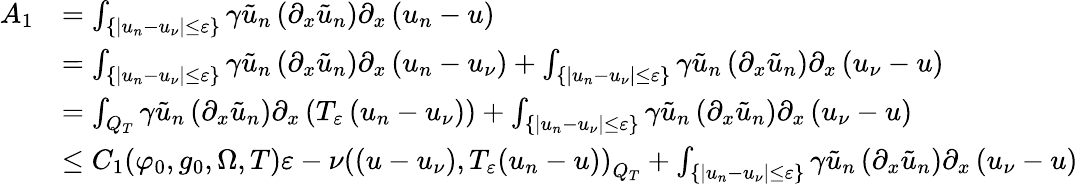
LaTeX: \begin{array}{rl}{A_{1}}&{=\int_{\{ |u_{n}-u_{\nu}|\leq\varepsilon\} }\gamma\tilde{u}_{n}\left(\partial_{x}\tilde{u}_{n}\right)\partial_{x}\left(u_{n}-u\right)}\\ &{=\int_{\{ |u_{n}-u_{\nu}|\leq\varepsilon\} }\gamma\tilde{u}_{n}\left(\partial_{x}\tilde{u}_{n}\right)\partial_{x}\left(u_{n}-u_{\nu}\right)+\int_{\{ |u_{n}-u_{\nu}|\leq\varepsilon\} }\gamma\tilde{u}_{n}\left(\partial_{x}\tilde{u}_{n}\right)\partial_{x}\left(u_{\nu}-u\right)}\\ &{=\int_{Q_{T}}\gamma\tilde{u}_{n}\left(\partial_{x}\tilde{u}_{n}\right)\partial_{x}\left(T_{\varepsilon}\left(u_{n}-u_{\nu}\right)\right)+\int_{\{ |u_{n}-u_{\nu}|\leq\varepsilon\} }\gamma\tilde{u}_{n}\left(\partial_{x}\tilde{u}_{n}\right)\partial_{x}\left(u_{\nu}-u\right)}\\ &{\leq C_{1}(\varphi_{0},g_{0},\Omega,T)\varepsilon-\nu\left(\left(u-u_{\nu}\right),T_{\varepsilon}(u_{n}-u)\right)_{Q_{T}}+\int_{\{ |u_{n}-u_{\nu}|\leq\varepsilon\} }\gamma\tilde{u}_{n}\left(\partial_{x}\tilde{u}_{n}\right)\partial_{x}\left(u_{\nu}-u\right)}\end{array}